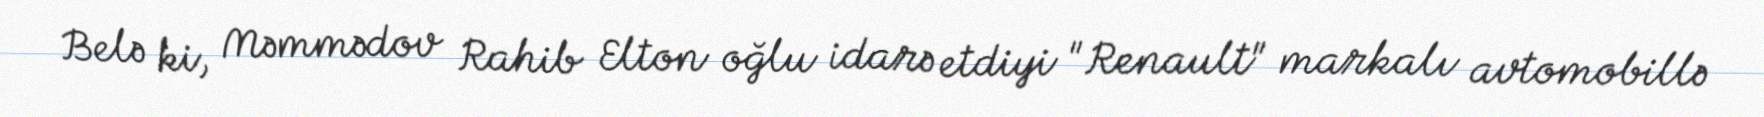
Belə ki, Məmmədov Rahib Elton oğlu idarə etdiyi "Renault" markalı avtomobillə